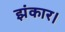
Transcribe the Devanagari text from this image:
झंकार।